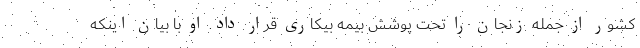
کشور از جمله زنجان را تحت پوشش بیمه بیکاری قرار داد. او با بیان اینکه